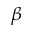
\beta